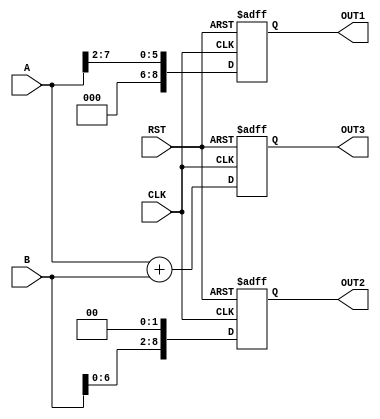
module Shift #(
    parameter WIDTH = 8
) 
(
    input               CLK,
    input   wire        RST,
    input        [WIDTH-1:0]  A, 
    input        [WIDTH-1:0]  B,
    output reg [WIDTH:0]      OUT1,
    output reg [WIDTH:0]      OUT2,
    output reg [WIDTH:0]      OUT3
 
);
  
always @(posedge CLK or negedge RST)
begin
    if(!RST) begin
        OUT1 <= 'b0;
    end
    else begin
        OUT1 <= A>>2;
    end
end
always @(posedge CLK or negedge RST)
begin
    if(!RST) begin
        OUT2 <= 'b0;
    end
    else begin

        OUT2 <= B<<2;


    end
end
always @(posedge CLK or negedge RST)
begin
    if(!RST) begin
        OUT3 <= 'b0;


    end
    else begin

        OUT3 <= A+B;

    end
end


endmodule